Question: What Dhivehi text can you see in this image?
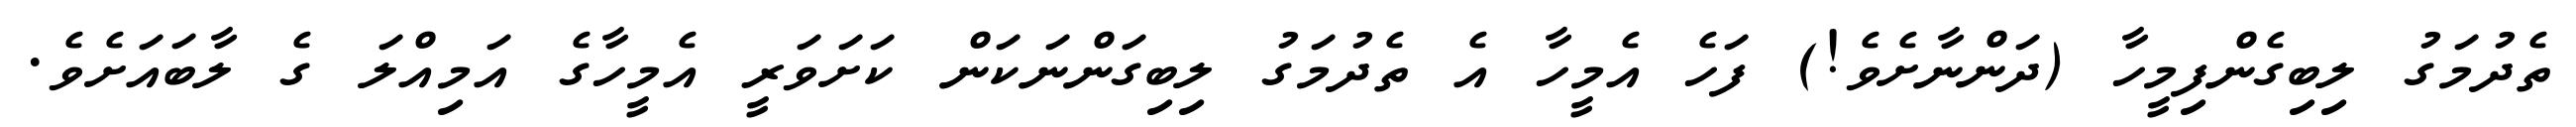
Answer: ތެދުމަގު ލިބިގެންފިމީހާ (ދަންނާށެވެ!) ފަހެ އެމީހާ އެ ތެދުމަގު ލިބިގަންނަކަން ކަށަވަރީ އެމީހާގެ އަމިއްލަ ގެ ލާބައަށެވެ.